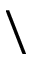
\backslash